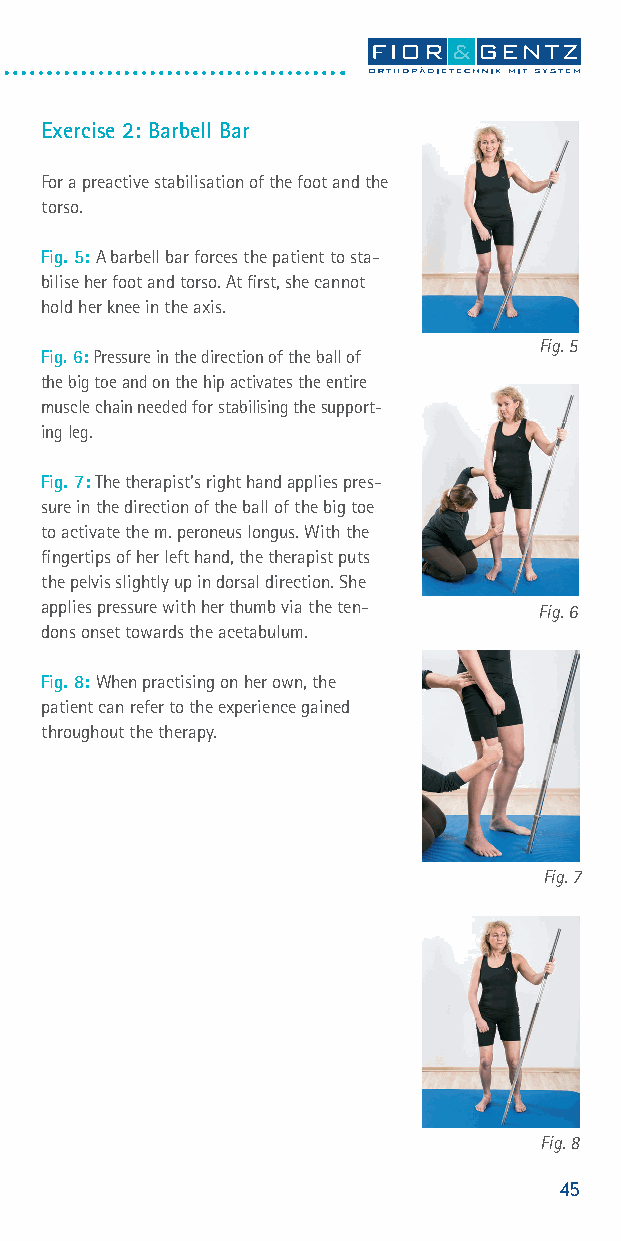
Exercise 2: Barbell Bar
 For a preactive stabilisation of the foot and the
 torso.
 Fig. 5: A barbell bar forces the patient to sta-
 bilise her foot and torso. At first, she cannot
 hold her knee in the axis.
 Fig. 5
 Fig. 6: Pressure in the direction of the ball of
 the big toe and on the hip activates the entire
 muscle chain needed for stabilising the support-
 ing leg.
 Fig. 7: The therapist’s right hand applies pres-
 sure in the direction of the ball of the big toe
 to activate the m. peroneus longus. With the
 fingertips of her left hand, the therapist puts
 the pelvis slightly up in dorsal direction. She
 applies pressure with her thumb via the ten- Fig. 6
 dons onset towards the acetabulum.
 Fig. 8: When practising on her own, the
 patient can refer to the experience gained
 throughout the therapy.
 Fig. 7
 Fig. 8
 45